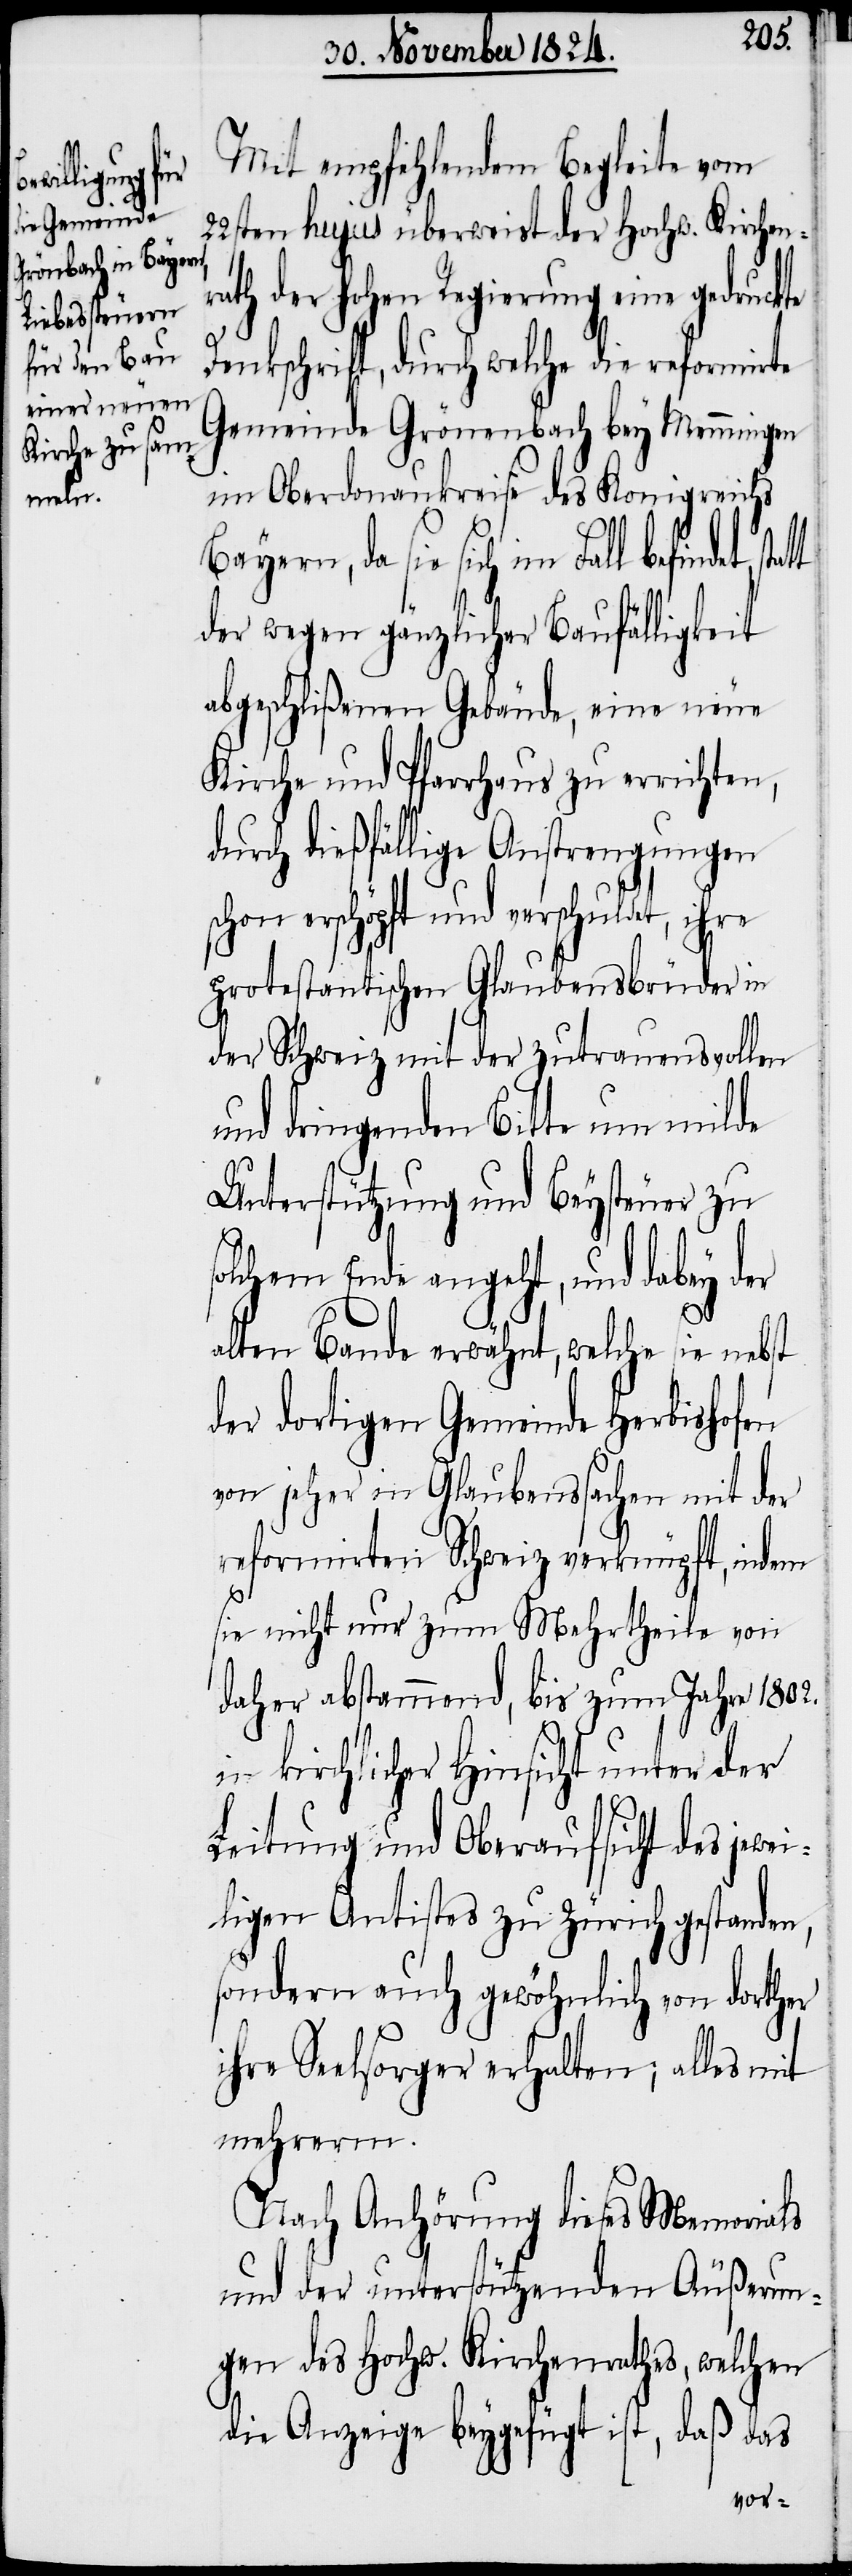
Mit empfehlendem Begleite vom
22sten hujus überweist der Hochw. Kirchenr¬
ath der Hohen Regierung eine gedruckte
Dankschrift, durch welche die reformirte
Gemeinde Grönenbach bey Memmingen
im Oberdonaukreise des Konigreichs
Bayern, da sie sich im Fall befindet,
der wegen gänzlicher Baufälligkeit
abgeschlißenen Gebäude, eine neue
Kirche und Pfarrhaus zu errichten,
durch dießfällige Anstrengungen
erschöpft und verschuldet, ihre
protestantischen Glaubensbrüder in
der Schweiz mit der zutrauensvollen
und dringenden Bitte um milde
Unterstützung und Beysteuer zu
solchem Ende angeht, und dabey der
alten Bande erwähnt, welche sie nebst
der dortigen Gemeinde Hebishofen
von jener in Glaubenssachen mit der
reformirten Schweiz verknüpft, indem
sie nicht nur zum Mehrtheile von
daher abstammend, bis zum Jahre 1802.
in kirchlicher Hinsicht unter der
Leitung und Oberaufsicht des jewei¬
ligen Antistes zu Zürich gestanden,
sondern auch gewöhnlich von dorther
ihre Seelsorger erhalten; alles mit
mehrerm.
Nach Anhörung dieses Memorials
und der unterstützenden Äußerun¬
gen des Hochw. Kirchenrathes, welchen
die Anzeige beygefügt ist, daß das